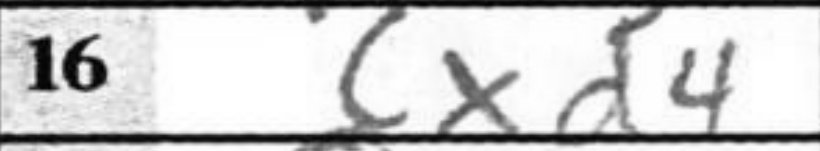
Transcription: cxd4